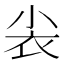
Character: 𰍫